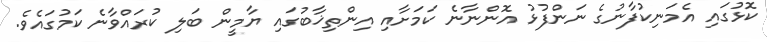
ކޮޅުގައި އެމަނިކުފާނުގެ ނަންފުޅު އޮންނާނެ ކަމަށާއި އިންތިޚާބުގައި ޔާމީން ބަލި ކުރައްވާނެ ކަމުގައެވެ.